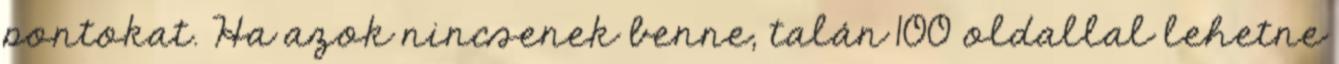
pontokat. Ha azok nincsenek benne, talán 100 oldallal lehetne